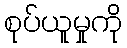
စုပ်ယူမှုကို